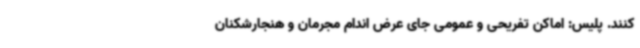
کنند. پلیس: اماکن تفریحی و عمومی جای عرض اندام مجرمان و هنجارشکنان